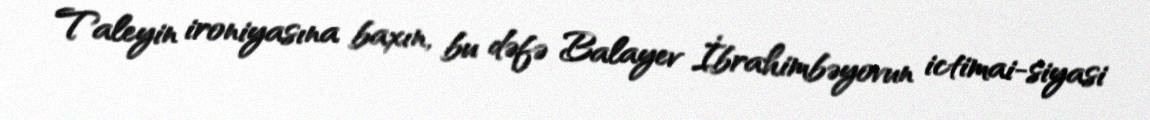
Taleyin ironiyasına baxın, bu dəfə Balayev İbrahimbəyovun ictimai-siyasi